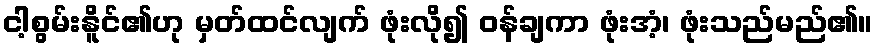
ငါ့စွမ်းနိူင်၏ဟု မှတ်ထင်လျက် ဖုံးလို၍ ဝန်ချကာ ဖုံးအံ့၊ ဖုံးသည်မည်၏။